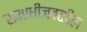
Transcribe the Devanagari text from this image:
समाधीजवळील